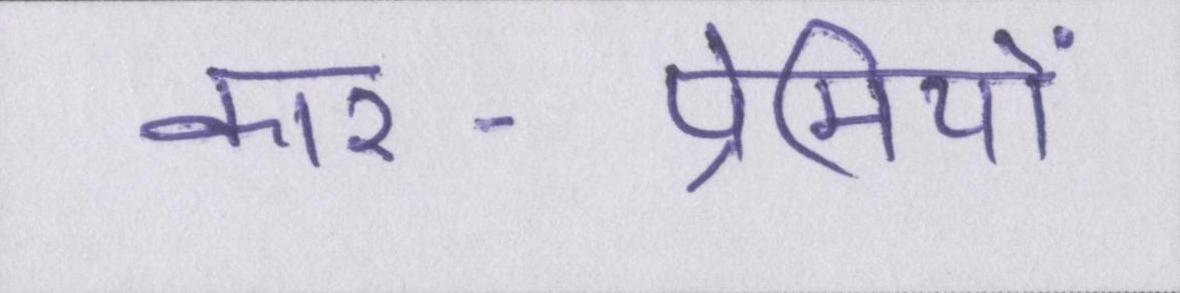
कार-प्रेमियों